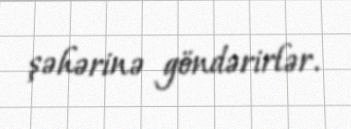
şəhərinə göndərirlər.